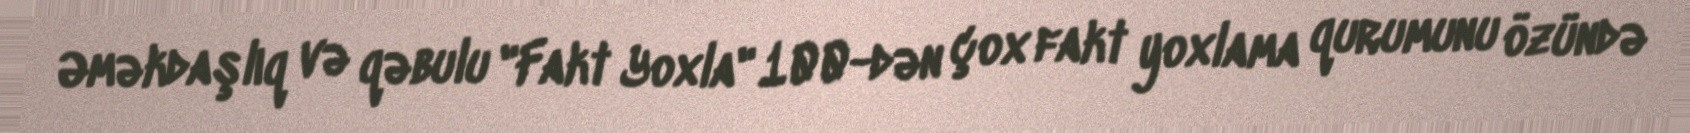
Əməkdaşlıq və qəbulu "Fakt Yoxla" 100-dən çox fakt yoxlama qurumunu özündə